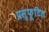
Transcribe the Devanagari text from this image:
प्रस्फूटित